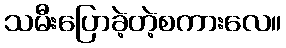
သမီးပြောခဲ့တဲ့စကားလေ။